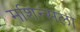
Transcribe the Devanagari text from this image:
मशिन्सला